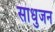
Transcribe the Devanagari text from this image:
साधुजन